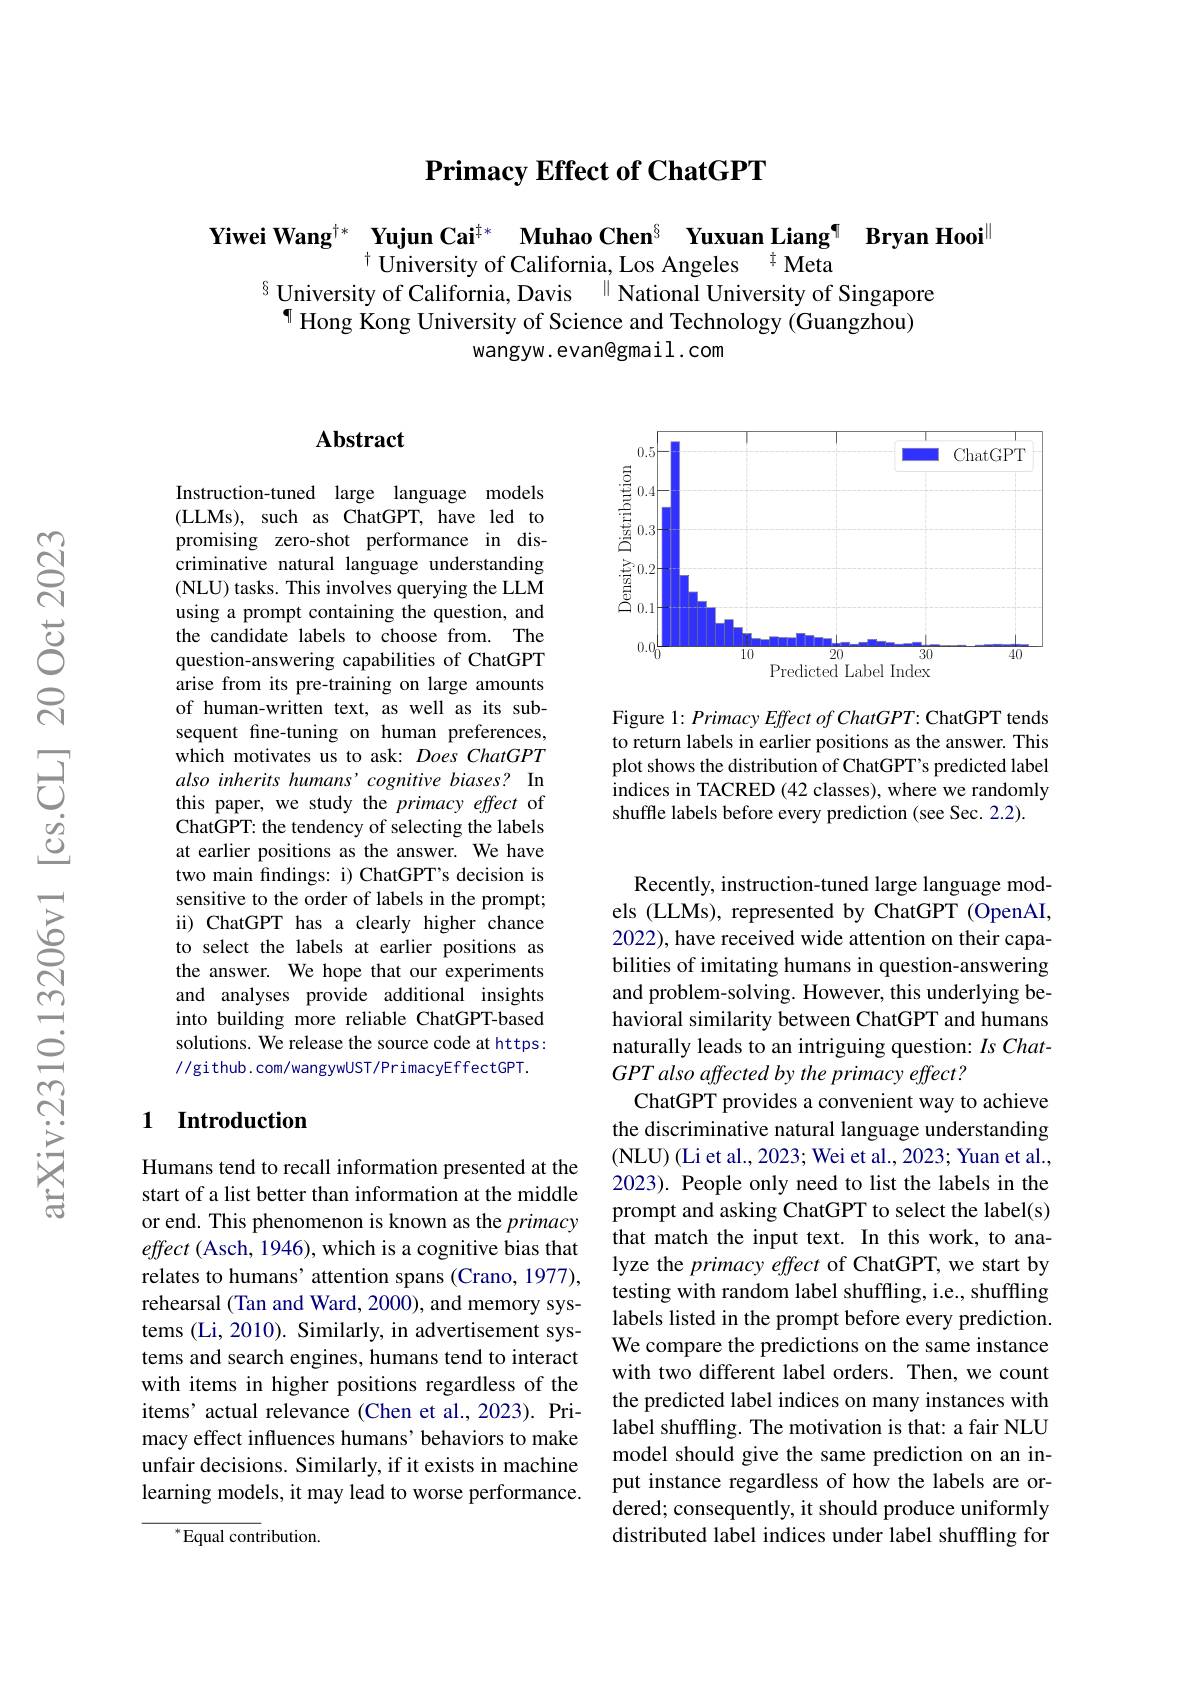
$\textbf{Primacy Effect of ChatGPT}$

$\textbf{Yiwei Wang}^{\dagger*}$ Yujun Cai$^{\dagger*}\textbf{ Muhao Chen}^{6}\textbf{ Yuxuan Liang¶ Bryan Hooi}^{\|}^{8\text{University of California,Los Angeles}^{\dagger}\text{Meta}}$

$^{\P}$ Hong Kong University of Science and Technology (Guangzhou)
wangyw. evan@gmail. com

## Abstract

Instruction-tuned large language models (LLMs), such as ChatGPT, have led to promising zero-shot performance in discriminative natural language understanding (NLU) tasks. This involves querying the LLM using a prompt containing the question, and the candidate labels to choose from. The question-answering capabilities of ChatGPT arise from its pre-training on large amounts of human-written text, as well as its subsequent fine-tuning on human preferences, which motivates us to ask: Does ChatGPT also inherits humans' cognitive biases? In this paper, we study the primacy effect of ChatGPT: the tendency of selecting the labels at earlier positions as the answer. We have two main findings: i) ChatGPT's decision is sensitive to the order of labels in the prompt; ii) ChatGPT has a clearly higher chance to select the labels at earlier positions as the answer. We hope that our experiments and analyses provide additional insights into building more reliable ChatGPT-based solutions. We release the source code at https: //github.com/wangywUST/PrimacyEffectGPT.

## 1 Introduction

Humans tend to recall information presented at the start of a list better than information at the middle or end. This phenomenon is known as the primacy effect (Asch, 1946), which is a cognitive bias that relates to humans' attention spans (Crano, 1977), rehearsal (Tan and Ward, 2000), and memory systems (Li, 2010). Similarly, in advertisement systems and search engines, humans tend to interact with items in higher positions regardless of the items' actual relevance (Chen et al., 2023). Primacy effect influences humans' behaviors to make unfair decisions. Similarly, if it exists in machine learning models, it may lead to worse performance.

${^*}{\mathrm{Equal~cont}}$ribution.

<FigureHere>

Figure 1: Primacy Effect of ChatGPT: ChatGPT tends to return labels in earlier positions as the answer. This plot shows the distribution of ChatGPT's predicted label indices in TACRED (42 classes), where we randomly shuffle labels before every prediction (see Sec. 2.2).

Recently, instruction-tuned large language models (LLMs), represented by ChatGPT (OpenAI, 2022), have received wide attention on their capabilities of imitating humans in question-answering and problem-solving. However, this underlying behavioral similarity between ChatGPT and humans naturally leads to an intriguing question: $Is\textit{Chat- }$ GPT also affected by the primacy effect?
ChatGPT provides a convenient way to achieve the discriminative natural language understanding ( NLU) ( Li et al. , 2023; Wei et al. , 2023; Yuan et al. , 2023). People only need to list the labels in the prompt and asking ChatGPT to select the label(s) that match the input text. In this work, to analyze the primacy effect of ChatGPT, we start by testing with random label shuffling, i.e., shuffling labels listed in the prompt before every prediction. We compare the predictions on the same instance with two different label orders. Then, we count the predicted label indices on many instances with label shuffling. The motivation is that: a fair NLU model should give the same prediction on an input instance regardless of how the labels are ordered; consequently, it should produce uniformly distributed label indices under label shuffling for